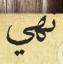
نھي